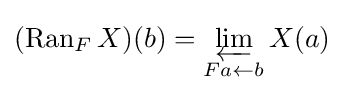
(\operatorname {Ran} _{F}X)(b)=\varprojlim _{Fa\leftarrow b}X(a)